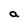
Character: a